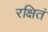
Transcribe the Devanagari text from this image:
रक्षितं